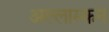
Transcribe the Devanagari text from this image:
अल्लास्कन